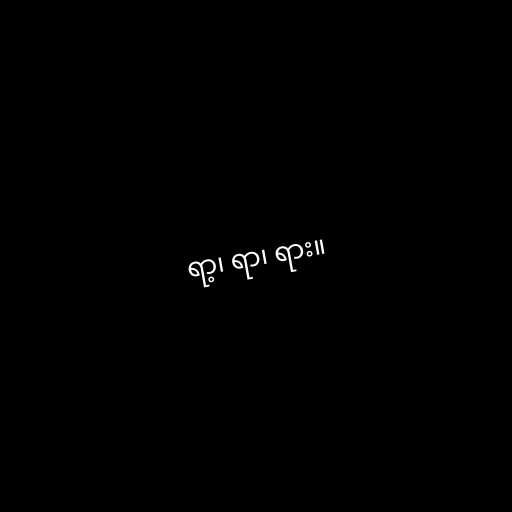
ရာ့၊ ရာ၊ ရား။